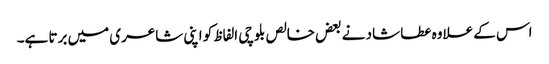
اس کے علاوہ عطا شاد نے بعض خالص بلوچی الفاظ کو اپنی شاعری میں برتا ہے۔